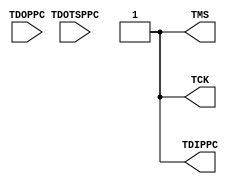
// $Header: /devl/xcs/repo/env/Databases/CAEInterfaces/verunilibs/data/unisims/JTAGPPC.v,v 1.6 2007/05/23 21:43:39 patrickp Exp $
///////////////////////////////////////////////////////////////////////////////
// Copyright (c) 1995/2004 Xilinx, Inc.
// All Right Reserved.
///////////////////////////////////////////////////////////////////////////////
//   ____  ____
//  /   /\/   /
// /___/  \  /    Vendor : Xilinx
// \   \   \/     Version : 10.1
//  \   \         Description : Xilinx Functional Simulation Library Component
//  /   /                  
// /___/   /\     Filename : JTAGPPC.v
// \   \  /  \    Timestamp : Thu Jun 24 16:42:51 PST 2004
//  \___\/\___\
//
// Revision:
//    03/23/04 - Initial version.
//    05/23/07 - Changed timescale to 1 ps / 1 ps.

`timescale  1 ps / 1 ps

module JTAGPPC (TCK, TDIPPC, TMS, TDOPPC, TDOTSPPC);

output TCK;
output TDIPPC;
output TMS;

input TDOPPC;
input TDOTSPPC;

	assign TCK = 1'b1;
	assign TDIPPC = 1'b1;
	assign TMS = 1'b1;
endmodule